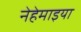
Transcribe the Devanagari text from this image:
नेहेमाइया